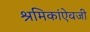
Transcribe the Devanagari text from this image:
श्रमिकांऐवजी